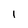
Character: i